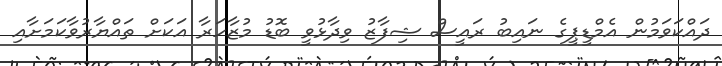
ދައްކަވަމުން އެމްޑީޕީގެ ނައިބު ރައީސް ޝިފާޒު ވިދާޅުވީ ބޮޑު މުޒާހަރާ އަކަށް ތައްޔާރުވާކަމަށާއި